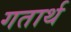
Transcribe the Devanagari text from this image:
गतार्थ